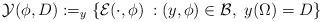
LaTeX: \begin{align*}& {\mathcal Y}(\phi,D):=_y\{{\mathcal E}(\cdot,\phi)\: : (y,\phi)\in {\mathcal B}, \ y(\Omega)=D \}\end{align*}